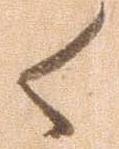
御